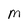
Character: M